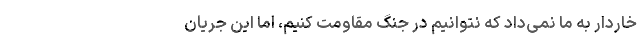
خاردار به ما نمی‌داد که نتوانیم در جنگ مقاومت کنیم، اما این جریان